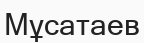
Мұсатаев